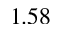
1 . 5 8